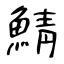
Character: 鯖